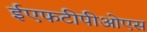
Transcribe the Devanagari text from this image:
ईएफटीपीओएस